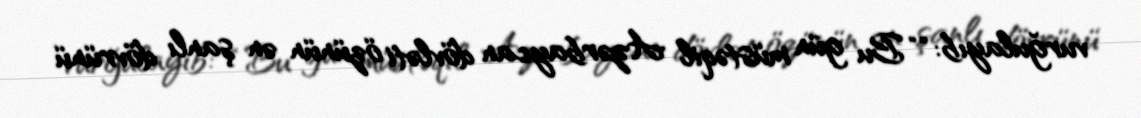
vurğulayıb: ““Bu gün müstəqil Azərbaycan dövləti özünün ən şanlı dövrünü